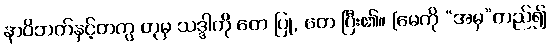
နာဝိဘတ်နှင့်တကွ တုမှ သဒ္ဒါကို တေ ပြု, တေ ပြီး၏။ [မေကို “အမှ”တည်၍